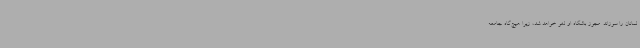
لمانان را سوزاند. مجوز باشگاه او لغو خواهد شد، زیرا هیچ‌گاه جامعه